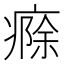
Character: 㾻